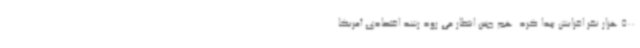
500 هزار نفر افزایش پیدا کرد. هم چنین انتظار می رود رشد اقتصادی آمریکا